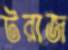
টরাজ